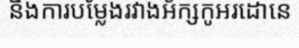
និងការបម្លែងរវាងអ័ក្សកូអរដោនេ